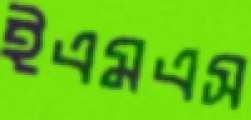
ইএমএস